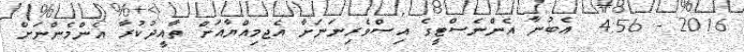
2016 - 4:56  އެބުނާ އެންނެސްޓީގެ އިސްވެރިނަނަށާ އެޖމިއްޔާއަށް ތާއީދުކުރާ އެންމެންނަށް